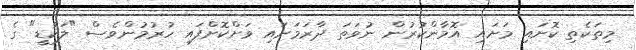
މިތަކެތި ކޮށައި މަށައި އޮމާންކުރުން ނުވަތަ ދާރަމަށައި ވަށްކޮށްފައި ހުރުމުންވެސް "ލަކުޑީ" ގެ